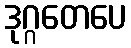
ဒုဂ္ဂတေပေ